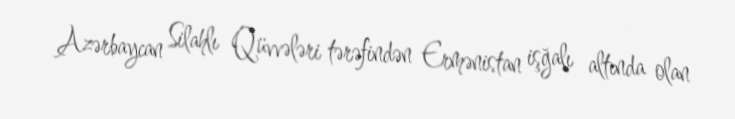
Azərbaycan Silahlı Qüvvələri tərəfindən Ermənistan işğalı altında olan